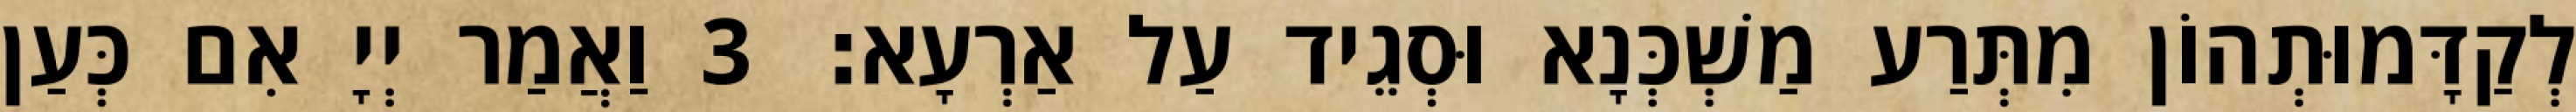
לְקַדָּמוּתְהוֹן מִתְּרַע מַשְׁכְּנָא וּסְגֵיד עַל אַרְעָא׃ 3 וַאֲמַר יְיָ אִם כְּעַן